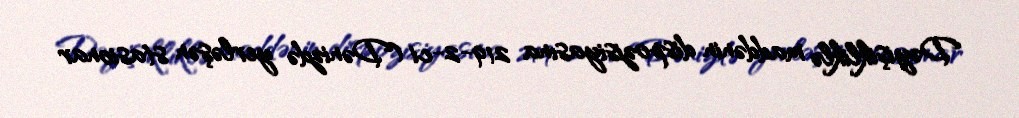
Dəyişikliklə maddənin dispozisiyasına 219-2-ci (Dənizdə yerləşən stasionar